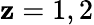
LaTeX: \mathbf{z}=1,2